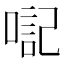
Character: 𪡴